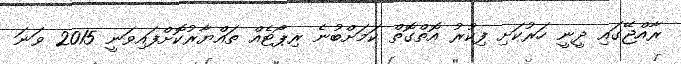
ރާއްޖޭގައި ދީނީ ހަރުކަށި ފިކުރު އޮތްގޮތް ކަމަށްބުނެ ރިޕޯޓެއް ތައްޔާރުކޮށްފައިވަނީ 2015 ވަނަ